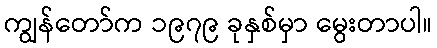
ကျွန်တော်က ၁၉၇၉ ခုနှစ်မှာ မွေးတာပါ။